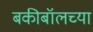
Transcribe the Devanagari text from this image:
बकीबॉलच्या